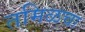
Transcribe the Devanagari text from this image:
तमिळचा